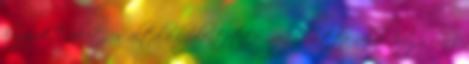
hozzájuk Énokot, és általa kijelentette, meghirdette nekik, hogy nincs